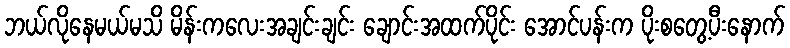
ဘယ်လိုနေမယ်မသိ မိန်းကလေးအချင်းချင်း ချောင်းအထက်ပိုင်း အောင်ပန်းက ပိုးစတွေ့ပီးနောက်